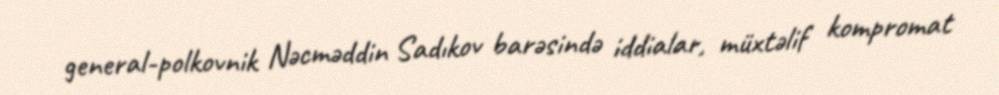
general-polkovnik Nəcməddin Sadıkov barəsində iddialar, müxtəlif kompromat